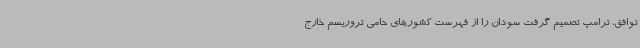
توافق، ترامپ تصمیم گرفت سودان را از فهرست کشورهای حامی تروریسم خارج